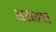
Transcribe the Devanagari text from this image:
भरव्यथा